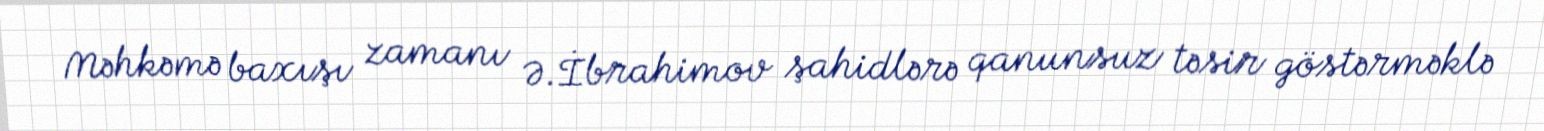
Məhkəmə baxışı zamanı Ə.İbrahimov şahidlərə qanunsuz təsir göstərməklə